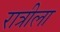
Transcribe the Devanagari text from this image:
रात्रीला